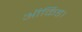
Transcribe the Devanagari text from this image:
ऑर्किड।